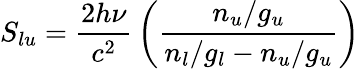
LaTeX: S_{lu}={\frac{2h\nu}{c^{2}}}\left({\frac{n_{u}/g_{u}}{n_{l}/g_{l}-n_{u}/g_{u}}}\right)